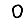
Digit: 0